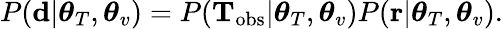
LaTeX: \begin{array}{r}{P(\mathbf{d}|\boldsymbol{\theta}_{T},\boldsymbol{\theta}_{v})=P({\mathbf T}_{\mathrm{obs}}|\boldsymbol{\theta}_{T},\boldsymbol{\theta}_{v})P({\mathbf r}|\boldsymbol{\theta}_{T},\boldsymbol{\theta}_{v}).}\end{array}